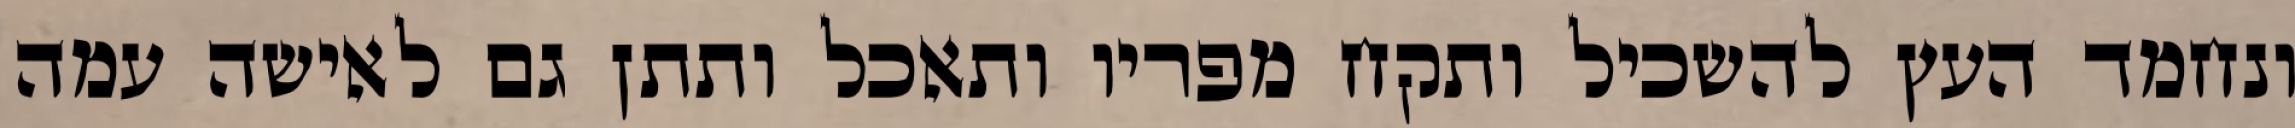
ונחמד העץ להשכיל ותקח מפריו ותאכל ותתן גם לאישה עמה